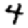
Digit: 4